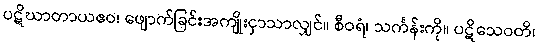
ပဋိဃာတာယဧဝ၊ ဖျောက်ခြင်းအကျိုးငှာသာလျှင်။ စီဝရံ၊ သင်္ကန်းကို။ ပဋိသေဝတိ၊